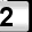
Digit: 2